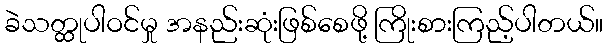
ခဲသတ္ထုပါဝင်မှု အနည်းဆုံးဖြစ်စေဖို့ ကြိုးစားကြည့်ပါတယ်။